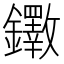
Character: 𫓡